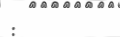
: